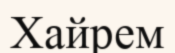
Хайрем